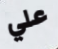
علي